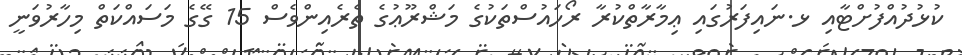
ކުޅުދުއްފުށްޓާއި ޅ.ނައިފަރުގައި ޢިމާރާތްކުރާ ރޯހައުސްތަކުގެ މަޝްރޫޢުގެ ތެރެއިންވެސް 15 ގޭގެ މަސައްކަތް މިހާރުވަނީ